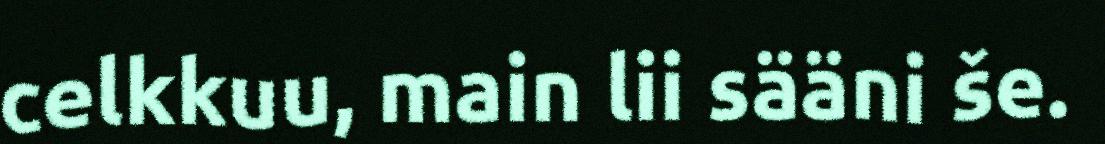
celkkuu, main lii sääni še.